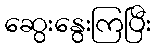
ဆွေးနွေးကြပြီး